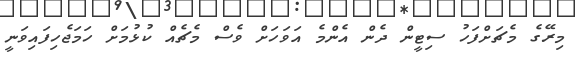
މިރޭގެ މެޗަށްފަހު ސިޓީން ދެން އެންމެ އަވަހަށް ވެސް މެޗެއް ކުޅުމަށް ހަމަޖެހިފައިވަނީ